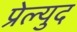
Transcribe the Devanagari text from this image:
प्रेल्युद